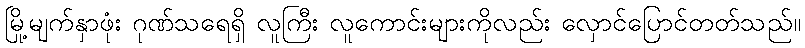
မြို့မျက်နှာဖုံး ဂုဏ်သရေရှိ လူကြီး လူကောင်းများကိုလည်း လှောင်ပြောင်တတ်သည်။